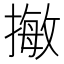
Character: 𢳺